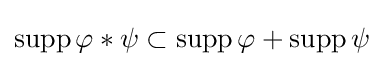
\operatorname {supp} \varphi \ast \psi \subset \operatorname {supp} \varphi +\operatorname {supp} \psi